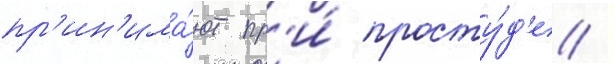
пр'ин'има́ют пр'и́ просту́д'е /